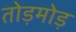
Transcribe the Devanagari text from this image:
तोड़मोड़